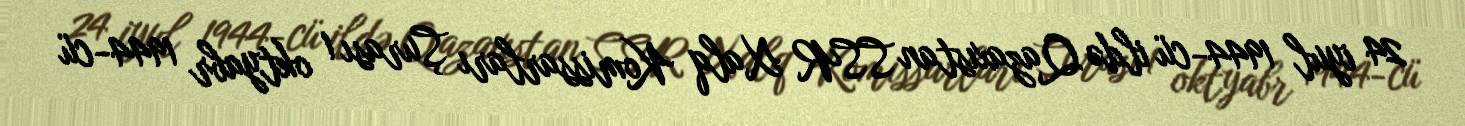
24 iyul 1944-cü ildə Qazaxıstan SSR Xalq Komissarları Şurası 1 oktyabr 1944-cü